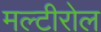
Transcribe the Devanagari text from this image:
मल्टीरोल